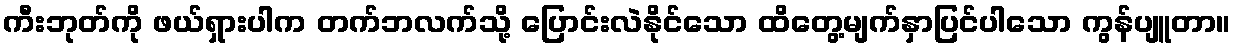
ကီးဘုတ်ကို ဖယ်ရှားပါက တက်ဘလက်သို့ ပြောင်းလဲနိုင်သော ထိတွေ့မျက်နှာပြင်ပါသော ကွန်ပျူတာ။